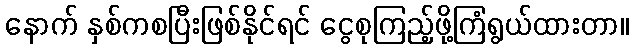
နောက် နှစ်ကစပြီးဖြစ်နိုင်ရင် ငွေစုကြည့်ဖို့ကြံရွယ်ထားတာ။